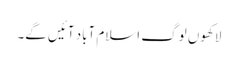
لاکھوں لوگ اسلام آباد آئیں گے۔